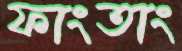
ফাংতাং